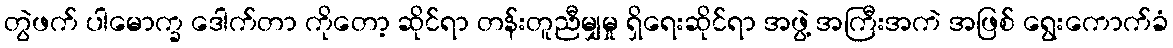
တွဲဖက် ပါမောက္ခ ဒေါက်တာ ကိုတော့ ဆိုင်ရာ တန်းတူညီမျှမှု ရှိရေးဆိုင်ရာ အဖွဲ့ အကြီးအကဲ အဖြစ် ရွေးကောက်ခံ